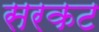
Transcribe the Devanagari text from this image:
सरकट